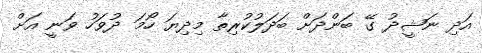
އަދި ނަޝީދު ގޭ ބަންދަށް ބަދަލުކުރިތާ މިދިޔަ ހޯމަ ދުވަހު ވަނީ އަށް